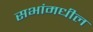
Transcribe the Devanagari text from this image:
सभांमधील